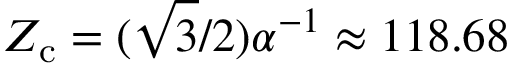
Z _ { \mathrm { c } } = ( \sqrt { 3 } / 2 ) \alpha ^ { - 1 } \approx 1 1 8 . 6 8